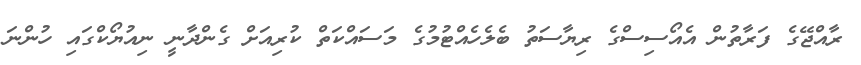
ރާއްޖޭގެ ފަރާތުން އެއޯސިސްގެ ރިޔާސަތު ބެލެހެއްޓުމުގެ މަސައްކަތް ކުރިއަށް ގެންދާނީ ނިއުޔޯކްގައި ހުންނަ